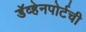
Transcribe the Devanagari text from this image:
डॅव्हेनपोर्टची